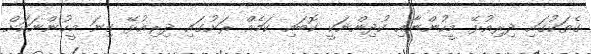
ގެތަކުގައި ދިރިއުޅޭ މީހުންނާއި ކުދިންނަކީ ކޮބައި ކަމެއް ރަށުގައި ދިރިއުޅޭ ގިނަ މީހުންނަކަށް